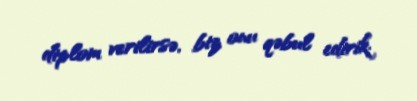
diplom verilirsə, biz onu qəbul edirik.